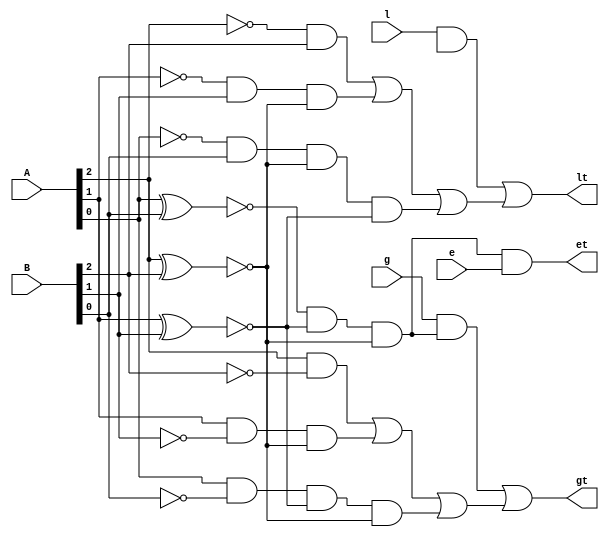
`timescale 1 ns/1 ns
module comparator3 (
	input [2:0] A ,
	input [2:0] B ,
	input l ,
	input e ,
	input g ,
	output lt ,
	output et ,
	output gt
);


	wire e1,e2,e3,etotal;
	xnor
	g1(e1,A[0],B[0]),
	g2(e2,A[1],B[1]),
	g3(e3,A[2],B[2]);
	and
	g4(etotal,e1,e2,e3),
	g5(et,etotal,e);
	not 
	g6(a0_not,A[0]),
	g7(a1_not,A[1]),
   g8(a2_not,A[2]),
   g9(b0_not,B[0]),
   g10(b1_not,B[1]),
   g11(b2_not,B[2]);
	
	wire y1,y2,y3,y4,ytotal;
	
	and
	g12(y1,A[2],b2_not),
	g13(y2,A[1],b1_not,e3),
	g14(y3,A[0],b0_not,e2,e3);
	
	or
	g15(ytotal,y1,y2,y3),
	g17(gt,y4,ytotal);
	and
	g16(y4,g,etotal);
	
	wire x1,x2,x3,x4,xtotal;
	
	and
	g177(x1,a2_not,B[2]),
	g18(x2,a1_not,B[1],e3),
	g19(x3,a0_not,B[0],e3,e2);
	
	
	or
	g20(xtotal,x1,x2,x3),
	g22(lt,x4,xtotal);
	and
	g21(x4,l,etotel);

endmodule